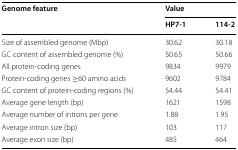
| <ROWSPAN=2> Genome feature | <COLSPAN=2> Value |
 | HP7-1 | 114-2 |
 | --- | --- | --- |
 | Size of assembled genome (Mbp) | 30.62 | 30.18 |
 | GC content of assembled genome (%) | 50.65 | 50.66 |
 | All protein-coding genes | 9834 | 9979 |
 | Protein-coding genes ≥60 amino acids | 9602 | 9784 |
 | GC content of protein-coding regions (%) | 54.44 | 54.41 |
 | Average gene length (bp) | 1621 | 1598 |
 | Average number of introns per gene | 1.88 | 1.95 |
 | Average intron size (bp) | 103 | 117 |
 | Average exon size (bp) | 485 | 464 |